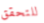
للتحقق